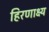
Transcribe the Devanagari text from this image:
हिरणाक्ष्य